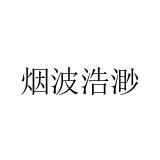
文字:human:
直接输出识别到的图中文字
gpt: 烟波浩渺